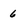
Character: 6